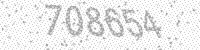
Solution: 708654